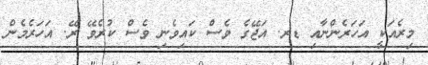
މިރެއަކީ އަހަރެންނާއި ޑރ. އަޖޭގެ ވެސް ކައިވެނި ވެސް ކުރެވޭ ރޭ. އަހަރެމެން